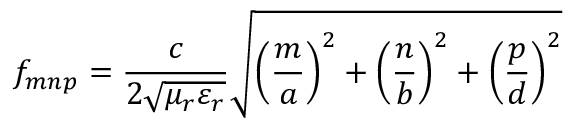
f _ { m n p } = \frac { c } { 2 \sqrt { \mu _ { r } \varepsilon _ { r } } } \sqrt { \left( \frac { m } { a } \right) ^ { 2 } + \left( \frac { n } { b } \right) ^ { 2 } + \left( \frac { p } { d } \right) ^ { 2 } }